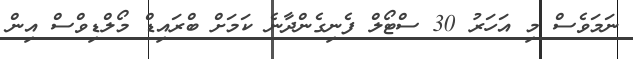
ނަމަވެސް މި އަހަރު 30 ސްޓޯލް ފެނިގެންދާނެ ކަމަށް ބްރައިޑް މޯލްޑިވްސް އިން